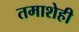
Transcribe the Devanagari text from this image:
तमाशेही